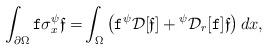
LaTeX: \begin{align*} \int_{\partial \Omega} { \texttt f }\sigma^\psi_x \mathfrak{ f} = & \int_{\Omega } \left( { \texttt f } {}^\psi \mathcal D[\mathfrak {f}] + {}^{{\psi}}\mathcal D_r[{ \texttt f }] \mathfrak {f}\right)dx,\end{align*}